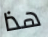
هذا